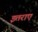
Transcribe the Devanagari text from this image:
इतराए